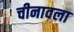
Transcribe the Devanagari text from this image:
चीनावला